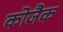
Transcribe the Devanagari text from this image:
कोजैक